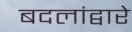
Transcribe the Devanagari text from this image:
बदलांद्वारे